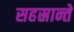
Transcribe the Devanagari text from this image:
सहस्रान्ते